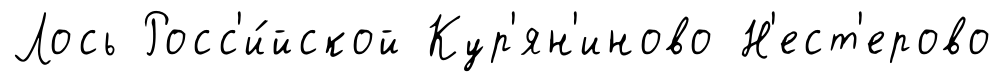
Лось Росс'и́йской Кур'ян'иново Н'ест'ерово